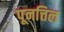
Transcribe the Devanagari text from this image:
पूनत्तिल